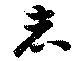
者